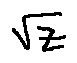
\sqrt { z }